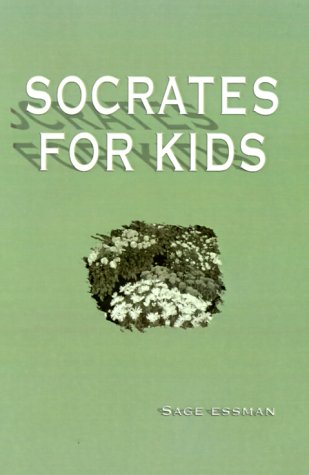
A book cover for Socrates for Kids; S. Sage Essman; Children's Books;